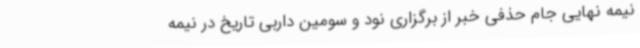
نیمه نهایی جام حذفی خبر از برگزاری نود و سومین داربی تاریخ در نیمه